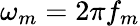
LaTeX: \omega_{m}=2\pi f_{m}